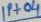
Text: IP+04